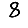
Digit: 8